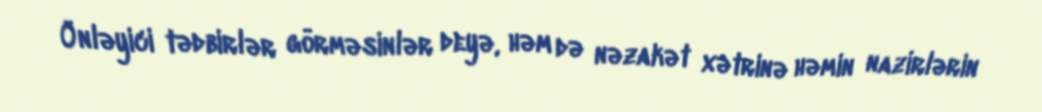
Önləyici tədbirlər görməsinlər deyə, həm də nəzakət xətrinə həmin nazirlərin